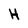
Character: H